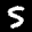
Label: 5